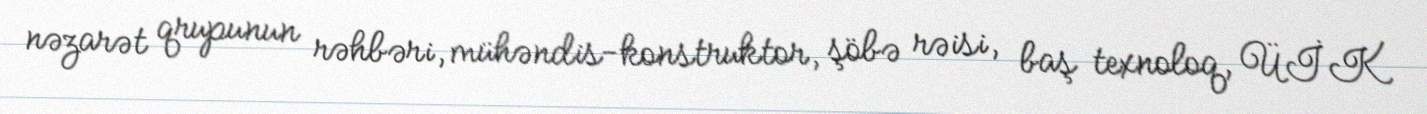
nəzarət qrupunun rəhbəri, mühəndis-konstruktor, şöbə rəisi, baş texnoloq, ÜİK